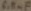
Text: 6.8µF